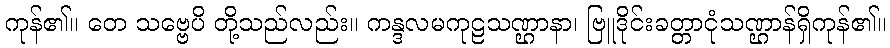
ကုန်၏။ တေ သဗ္ဗေပိ တို့သည်လည်း။ ကန္ဒလမကုဠသဏ္ဌာနာ၊ ဗြူဒိုင်းခတ္တာငုံသဏ္ဌာန်ရှိကုန်၏။